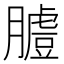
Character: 𦟚